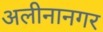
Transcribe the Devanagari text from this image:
अलीनानगर